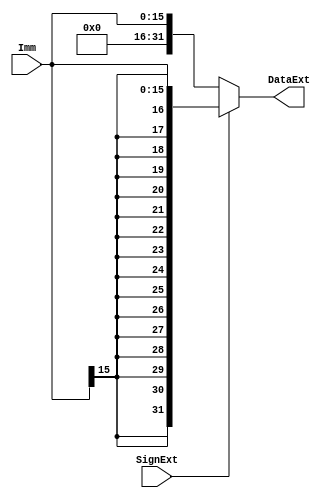
`timescale 1ns / 1ps
//////////////////////////////////////////////////////////////////////////////////
// Company: 
// Engineer: 
// 
// Design Name: 
// Module Name:    Extend 
// Project Name: 
// Target Devices: 
// Tool versions: 
// Description: 
//
// Dependencies: 
//
// Revision: 
// Revision 0.01 - File Created
// Additional Comments: 
//
//////////////////////////////////////////////////////////////////////////////////
module Extend(
	input [15:0] Imm,
	input SignExt,
	output [31:0] DataExt
    );

assign DataExt = (SignExt == 1'b1) ? {{16{Imm[15]}}, Imm[15:0]} : {16'b0, Imm[15:0]};

endmodule